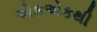
એકએકથી